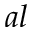
a l